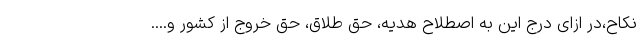
نکاح،در ازای درج این به اصطلاح هدیه، حق طلاق، حق خروج از کشور و....